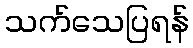
သက်သေပြရန်